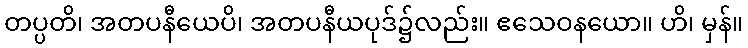
တပ္ပတိ၊ အတပနီယေပိ၊ အတပနီယပုဒ်၌လည်း။ ဧသေဝနယော။ ဟိ၊ မှန်။